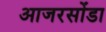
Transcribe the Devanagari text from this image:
आजरसोंडा